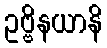
ဥဗ္ဗိနယာနိ